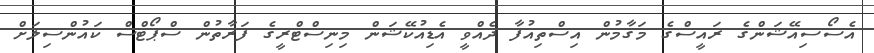
އެސޯސިއޭޝަންގެ ރައީސްގެ މަގާމުން އިސްތިއުފާ ދެއްވީ އެޑިއުކޭޝަން މިނިސްޓްރީގެ ފަރާތުން ސްޕޯޓްސް ކައުންސިލަށް